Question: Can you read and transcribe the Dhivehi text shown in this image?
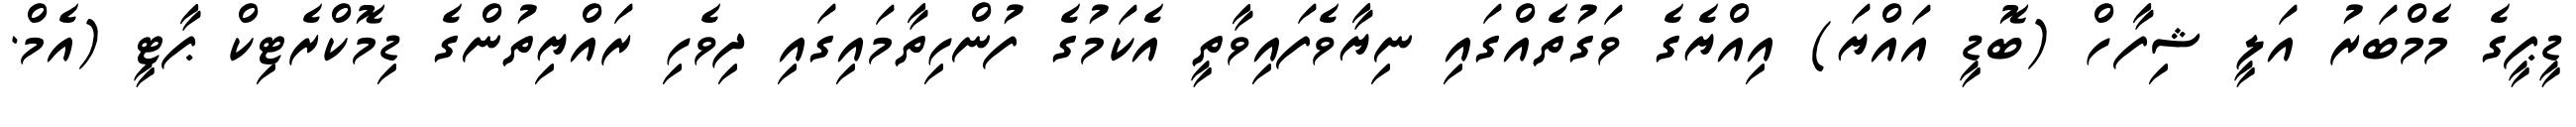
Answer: ޑީޕީގެ މެމްބަރު އަލީ ޝިފާހް (ބޮޑީ އައްޔަ) އިއްޔެގެ ވަގުތެއްގައި ނިޔާވެފައިވާތީ އެކަމުގެ ފުންހިތާމައިގައި ދިވެހި ރައްޔިތުންގެ ޑިމޮކްރެޓިކް ޕާޓީ (އެމް.